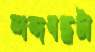
শব্দবন্ধটা